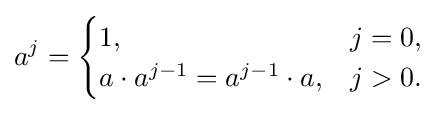
a^{j}={\begin{cases}1,&j=0,\\a\cdot a^{j-1}=a^{j-1}\cdot a,&j>0.\end{cases}}